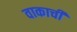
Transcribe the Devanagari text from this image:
वाकाची